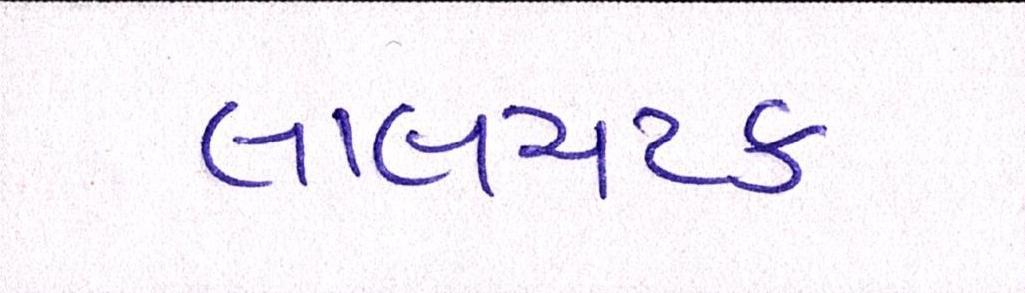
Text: લાલચટક